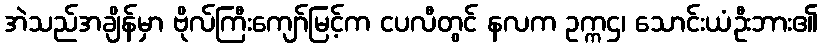
အဲသည်အချိန်မှာ ဗိုလ်ကြီးကျော်မြင့်က ငပလီတွင် နလက ဥက္ကဌ၊ သောင်းယံဦးဘား၏